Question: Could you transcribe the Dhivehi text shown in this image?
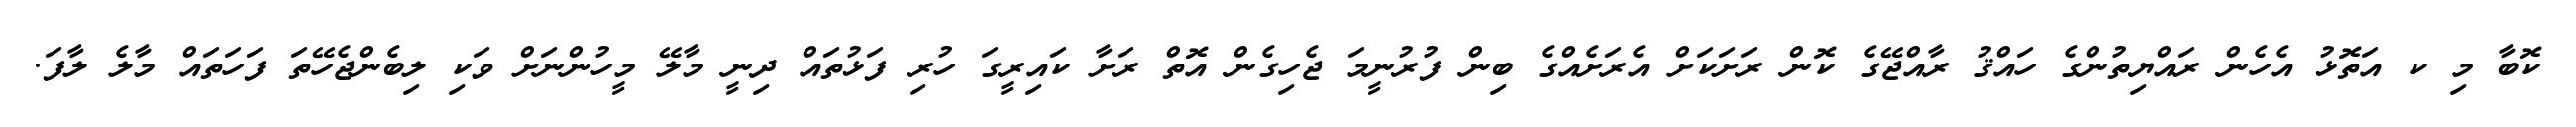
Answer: ކޮބާ މި ކ އަތޮޅު އެހެން ރައްޔިތުންގެ ހައްޤު ރާއްޖޭގެ ކޮން ރަށަކަށް އެރަށެއްގެ ބިން ފުރުނީމަ ޖެހިގެން އޮތް ރަށާ ކައިރީގަ ހުރި ފަޅުތައް ދިނީ މާލޭ މީހުންނަށް ވަކި ލިބެންޖެހޭތަ ފަހަތައް މާލެ ލާފަ.